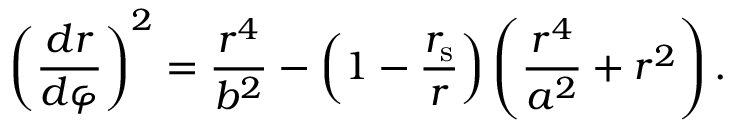
\left( { \frac { d r } { d \varphi } } \right) ^ { 2 } = { \frac { r ^ { 4 } } { b ^ { 2 } } } - \left( 1 - { \frac { r _ { \mathrm { { s } } } } { r } } \right) \left( { \frac { r ^ { 4 } } { a ^ { 2 } } } + r ^ { 2 } \right) .